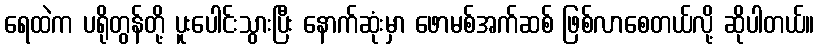
ရေထဲက ပရိုတွန်တို့ ပူးပေါင်းသွားပြီး နောက်ဆုံးမှာ ဖောမစ်အက်ဆစ် ဖြစ်လာစေတယ်လို့ ဆိုပါတယ်။